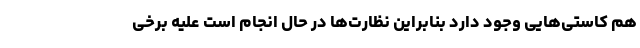
هم کاستی‌هایی وجود دارد بنابراین نظارت‌ها در حال انجام است علیه برخی